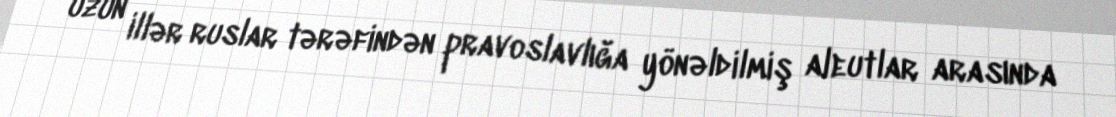
uzun illər ruslar tərəfindən pravoslavlığa yönəldilmiş aleutlar arasında